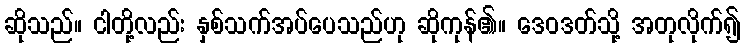
ဆိုသည်။ ငါတို့လည်း နှစ်သက်အပ်ပေသည်ဟု ဆိုကုန်၏။ ဒေဝဒတ်သို့ အတုလိုက်၍